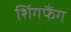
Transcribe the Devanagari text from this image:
शिंगफैंग